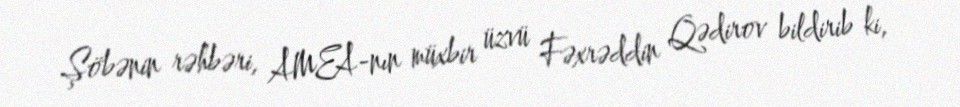
Şöbənin rəhbəri, AMEA-nın müxbir üzvü Fəxrəddin Qədirov bildirib ki,